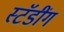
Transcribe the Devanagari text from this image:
स्टॅडींग